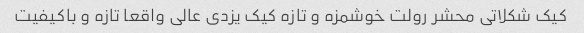
کیک شکلاتی محشر رولت خوشمزه و تازه کیک یزدی عالی واقعا تازه و باکیفیت